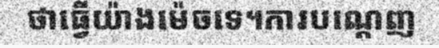
ថាធ្វើយ៉ាងម៉េចទេ។ការបណ្តេញ